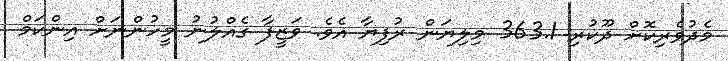
މެދުވެރިިކޮށް ދޫކުރި 363.1 މިލިޔަން ރުފިޔާ އެވެ. ވަޒީފާ ގެއްލުނު މީހުންނަށް އިންކަމް